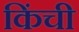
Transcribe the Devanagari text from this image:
किंची